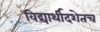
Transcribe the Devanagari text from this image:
विद्यार्थीदशेतच